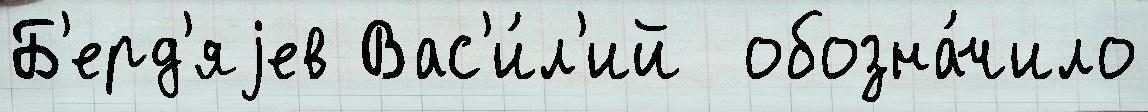
Б'ерд'яjев Вас'и́л'ий  обозна́чило